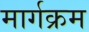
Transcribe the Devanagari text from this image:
मार्गक्रम